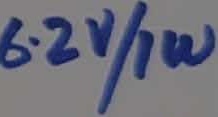
Text: 6.2V/1W